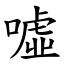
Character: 噓